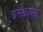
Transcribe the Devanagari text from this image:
बनथाप्ला